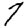
Digit: 7